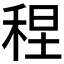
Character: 𫀴